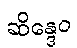
ဆိန္ဒေဝ